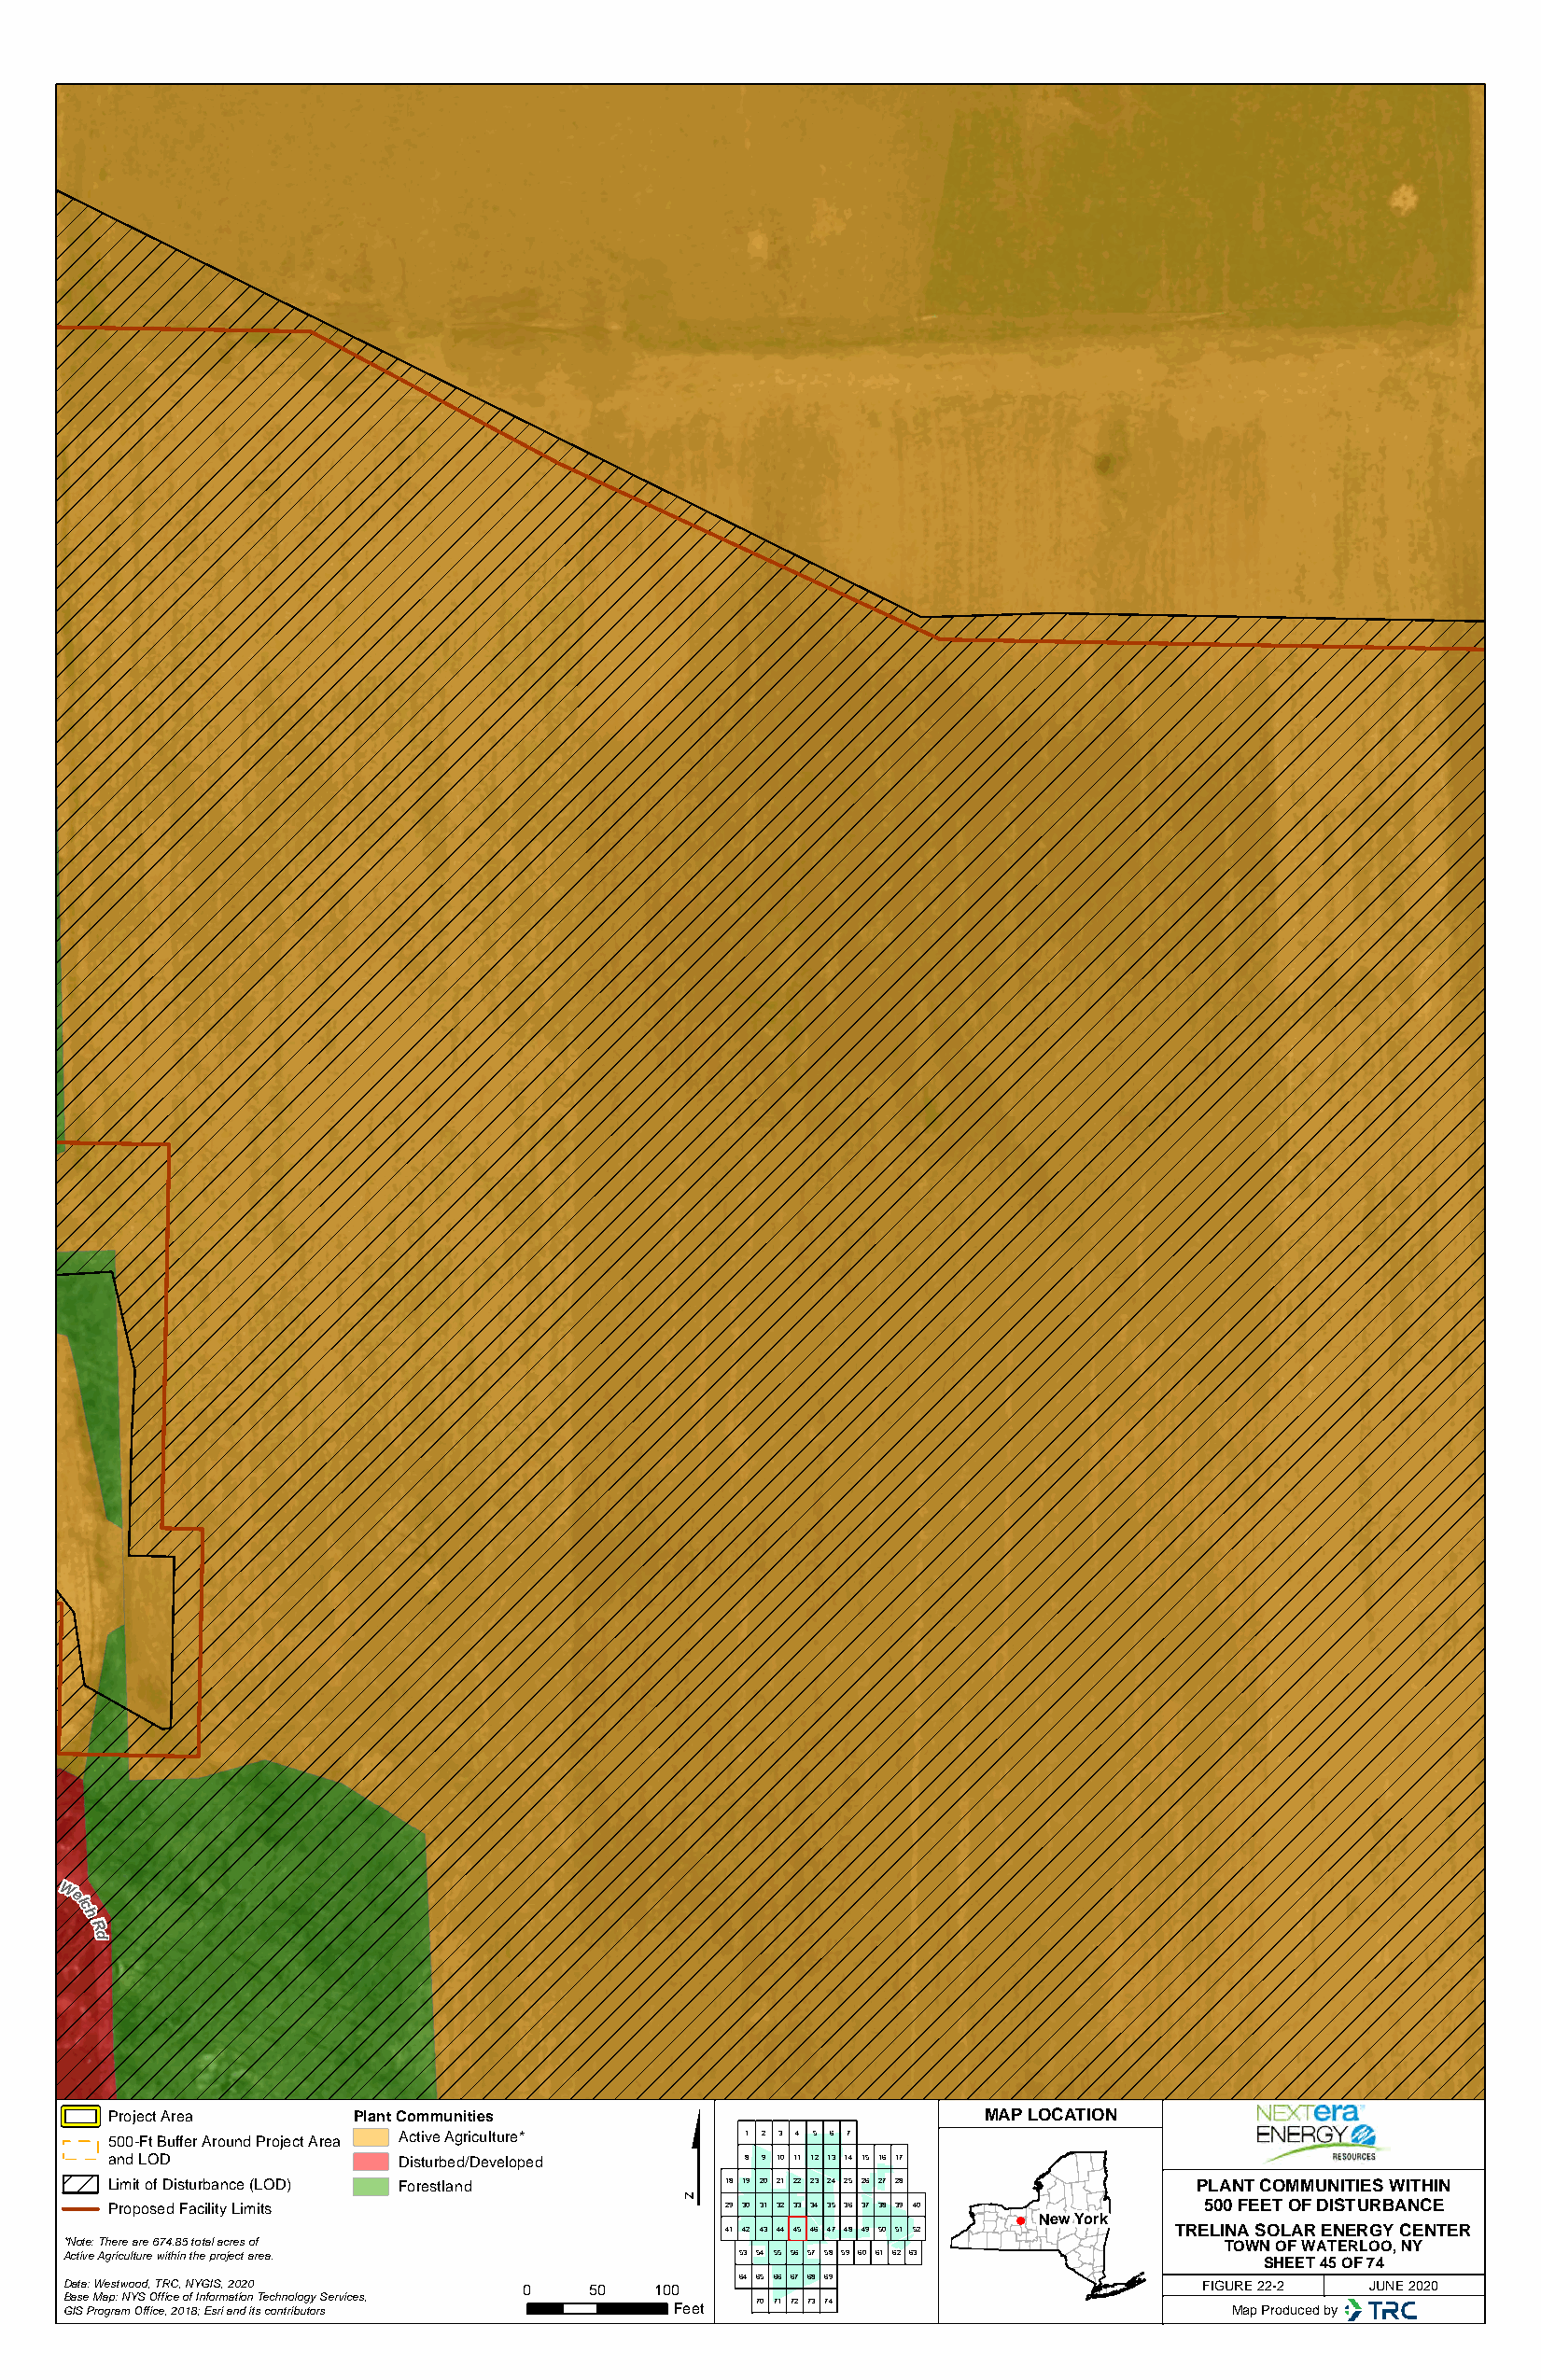
Wel
 c
 h
 R
 d
 $
 Project Area     Plant Communities                            MAP LOCATION
 500-Ft Buffer Around Project Area Active Agriculture* 1 2 3 4 5 6 7
 and LOD             Disturbed/Developed      8 9 10 11 12 13 14 15 16 17
 Limit of Disturbance (LOD) Forestland      18 19 20 21 22 23 24 25 26 27 28  PLANT COMMUNITIES WITHIN
 Proposed Facility Limits                   29 30 31 32 33 34 35 36 37 38 39 40 500 FEET OF DISTURBANCE
 New York
 41 42 43 44 45 46 47 48 49 50 51 52 TRELINA SOLAR ENERGY CENTER
 *Note: There are 674.85 total acres of                                             TOWN OF WATERLOO, NY
 Active Agriculture within the project area.     53 54 55 56 57 58 59 60 61 62 63
 SHEET 45 OF 74
 64 65 66 67 68 69
 Data: Westwood, TRC, NYGIS, 2020 0    50  100                                    FIGURE 22-2 JUNE 2020
 Base Map: NYS Office of Information Technology Services, 70 71 72 73 74
 GIS Program Office, 2018; Esri and its contributors Feet                           Map Produced by